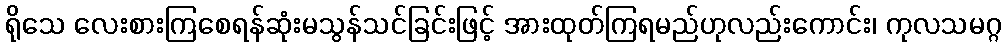
ရိုသေ လေးစားကြစေရန်ဆုံးမသွန်သင်ခြင်းဖြင့် အားထုတ်ကြရမည်ဟုလည်းကောင်း၊ ကုလသမဂ္ဂ